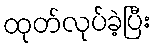
ထုတ်လုပ်ခဲ့ပြီး